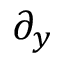
\partial _ { y }